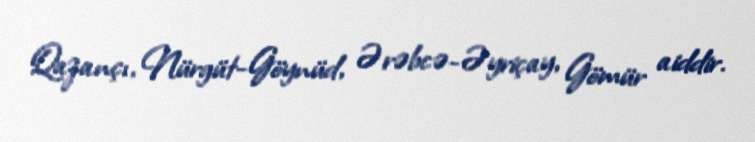
Qazançı, Nürgüt-Göynüd, Ərəbcə-Əyriçay, Gömür aiddir.